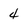
Character: 4